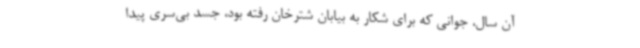
آن سال، جوانی که برای شکار به بیابان شترخان رفته بود، جسد بی‌سری پیدا